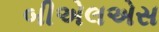
બીએલએસ